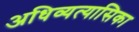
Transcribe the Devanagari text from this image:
अधिव्यत्यासिका